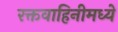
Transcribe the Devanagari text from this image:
रक्तवाहिनीमध्ये